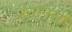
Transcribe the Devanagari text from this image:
नैनोनली